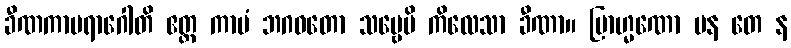
ခီဏကာမရာဂေါတိ ဧတ္ထ ကာမံ ဘဂဝတော သဗ္ဗေပိ ကိလေသာ ခီဏာ။ ဗြာဟ္မဏော ပန တေ န